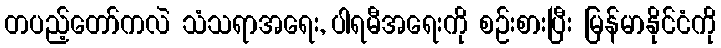
တပည့်တော်ကလဲ သံသရာအရေး, ပါရမီအရေးကို စဉ်းစားပြီး မြန်မာနိုင်ငံကို